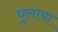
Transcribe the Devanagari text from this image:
धुलाया